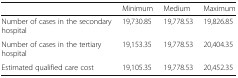
|  | Minimum | Medium | Maximum |
 | --- | --- | --- | --- |
 | Number of cases in the secondary hospital | 19,730.85 | 19,778.53 | 19,826.85 |
 | Number of cases in the tertiary hospital | 19,153.35 | 19,778.53 | 20,404.35 |
 | Estimated qualified care cost | 19,105.35 | 19,778.53 | 20,452.35 |